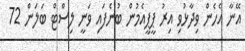
އޭނާ އެހެން ވިދާޅުވި އިރު ޕީޕީއެމުން ބުނެފައި ވަނީ ލިސްޓް ބަލަން 72